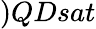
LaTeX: )QDsat